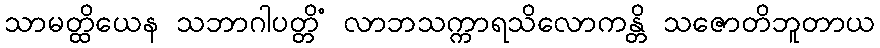
သာမတ္ထိယေန သဘာဂါပတ္တိံ လာဘသက္ကာရသိလောကန္တိ သဇောတိဘူတာယ